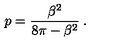
p = \displaystyle \frac { \beta ^ { 2 } } { 8 \pi - \beta ^ { 2 } } \: .